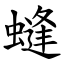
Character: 䗦